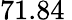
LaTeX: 71.84\